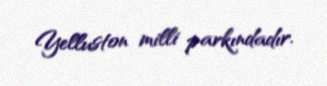
Yelluston milli parkındadır.